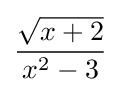
{\frac {\sqrt {x+2}}{x^{2}-3}}